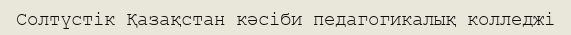
Солтүстік Қазақстан кәсіби педагогикалық колледжі